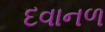
દવાનળ